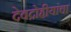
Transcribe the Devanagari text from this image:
देवद्रोहीयांचा